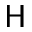
\mathsf { H }